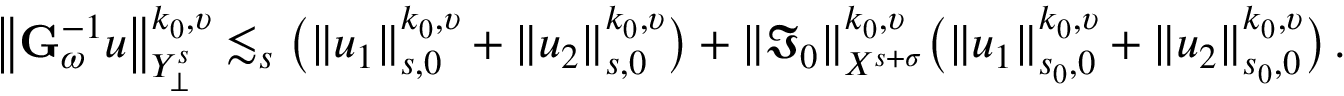
\big \| { \bf G } _ { \omega } ^ { - 1 } u \big \| _ { { \cal Y } _ { \bot } ^ { s } } ^ { k _ { 0 } , \upsilon } \lesssim _ { s } \big ( \| u _ { 1 } \| _ { s , 0 } ^ { k _ { 0 } , \upsilon } + \| u _ { 2 } \| _ { s , 0 } ^ { k _ { 0 } , \upsilon } \big ) + \| { \mathfrak I } _ { 0 } \| _ { { \cal X } ^ { s + \sigma } } ^ { k _ { 0 } , \upsilon } \big ( \| u _ { 1 } \| _ { s _ { 0 } , 0 } ^ { k _ { 0 } , \upsilon } + \| u _ { 2 } \| _ { s _ { 0 } , 0 } ^ { k _ { 0 } , \upsilon } \big ) \, .